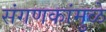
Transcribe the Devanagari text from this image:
संगणकांमुळे